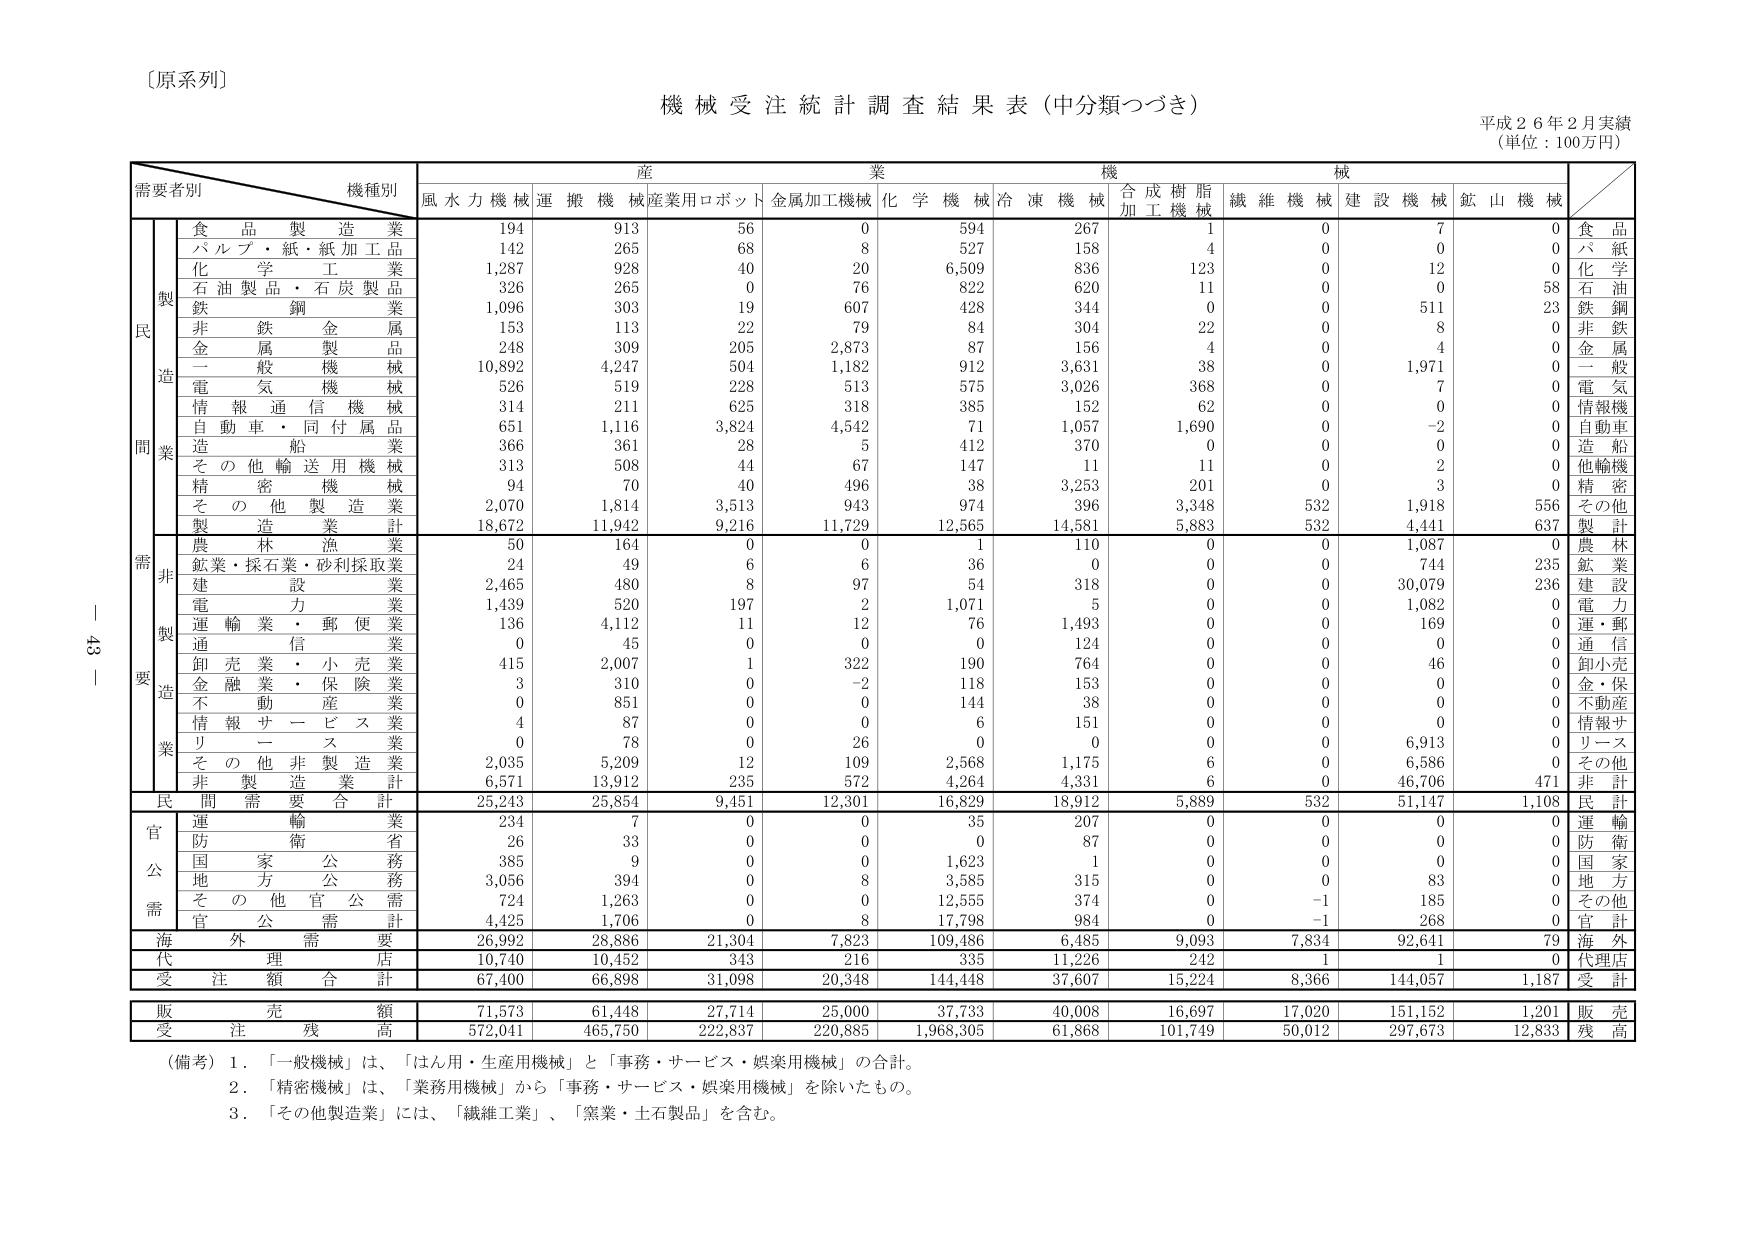
〔原系列〕

機械受注統計調査結果表（中分類つづき）

平成２６年２月実績
（単位：100万円）

需要者別　機種別

産業機械

風水力機械　運搬機械　産業用ロボット　金属加工機械　化学機械　冷凍機械　合成樹脂加工機械　繊維機械　建設機械　鉱山機械

製造業

食品製造業　　　　　194　　913　　56　　0　　594　　267　　1　　0　　7　　0　　食品
パルプ・紙・紙加工品　142　　265　　68　　8　　527　　158　　4　　0　　0　　0　　パルプ
化学工業　　　　　　1,287　　928　　40　　20　　6,509　　836　　123　　0　　12　　0　　化学
石油製品・石炭製品　326　　265　　0　　76　　822　　620　　11　　0　　0　　58　　石油
鉄鋼業　　　　　　　1,096　　303　　19　　607　　428　　344　　0　　0　　511　　23　　鉄鋼
非鉄金属　　　　　　153　　113　　22　　79　　84　　304　　22　　0　　8　　0　　非鉄
金属製品　　　　　　248　　309　　205　　2,873　　87　　156　　4　　0　　4　　0　　金属
一般機械　　　　　　10,892　　4,247　　504　　1,182　　912　　3,631　　38　　0　　1,971　　0　　一般
電気機械　　　　　　526　　519　　228　　513　　575　　3,026　　368　　0　　7　　0　　電気
情報通信機械　　　　314　　211　　625　　318　　385　　152　　62　　0　　0　　0　　情報機
自動車・同付属品　　651　　1,116　　3,824　　4,542　　71　　1,057　　1,690　　0　　-2　　0　　自動車
造船　　　　　　　　366　　361　　28　　5　　412　　370　　0　　0　　0　　0　　造船
その他輸送用機械　　313　　508　　44　　67　　147　　11　　11　　0　　2　　0　　他輸機
精密機械　　　　　　94　　70　　40　　496　　38　　3,253　　201　　0　　3　　0　　精密
その他製造業　　　　2,070　　1,814　　3,513　　943　　974　　396　　3,348　　532　　1,918　　556　　その他
製造業計　　　　　　18,672　　11,942　　9,216　　11,729　　12,565　　14,581　　5,883　　532　　4,441　　637　　製計

非製造業

農林漁業　　　　　　50　　164　　0　　0　　1　　110　　0　　0　　1,087　　0　　農林
鉱業・採石業・砂利採取業　24　　49　　6　　6　　36　　0　　0　　0　　744　　235　　鉱業
建設業　　　　　　　2,465　　480　　8　　97　　54　　318　　0　　0　　30,079　　236　　建設
電力業　　　　　　　1,439　　520　　197　　2　　1,071　　5　　0　　0　　1,082　　0　　電力
運輸業・郵便業　　　136　　4,112　　11　　12　　76　　1,493　　0　　0　　169　　0　　運・郵
通信業　　　　　　　0　　45　　0　　0　　0　　124　　0　　0　　0　　0　　通信
卸売業・小売業　　　415　　2,007　　1　　322　　190　　764　　0　　0　　46　　0　　卸小売
金融業・保険業　　　3　　310　　0　　-2　　118　　153　　0　　0　　0　　0　　金・保
不動産業　　　　　　0　　851　　0　　0　　144　　38　　0　　0　　0　　0　　不動産
情報サービス業　　　4　　87　　0　　0　　6　　151　　0　　0　　0　　0　　情報サ
リース業　　　　　　0　　78　　0　　26　　0　　0　　0　　0　　6,913　　0　　リース
その他非製造業　　　2,035　　5,209　　12　　109　　2,568　　1,175　　6　　0　　6,586　　0　　その他
非製造業計　　　　　6,571　　13,912　　235　　572　　4,264　　4,331　　6　　0　　46,706　　471　　非計

民間需要合計　　　　25,243　　25,854　　9,451　　12,301　　16,829　　18,912　　5,889　　532　　51,147　　1,108　　民計

官公需

運輸業　　　　　　　234　　7　　0　　0　　35　　207　　0　　0　　0　　0　　運輸
防衛省　　　　　　　26　　33　　0　　0　　0　　87　　0　　0　　0　　0　　防衛
国家公務　　　　　　385　　9　　0　　0　　1,623　　1　　0　　0　　0　　0　　国家
地方公務　　　　　　3,056　　394　　0　　8　　3,585　　315　　0　　0　　83　　0　　地方
その他官公需　　　　724　　1,263　　0　　0　　12,555　　374　　0　　-1　　185　　0　　その他
官公需計　　　　　　4,425　　1,706　　0　　8　　17,798　　984　　0　　-1　　268　　0　　官計

海外需要　　　　　　26,992　　28,886　　21,304　　7,823　　109,486　　6,485　　9,093　　7,834　　92,641　　79　　海外

代理店　　　　　　　10,740　　10,452　　343　　216　　335　　11,226　　242　　1　　1　　0　　代理店

受注額合計　　　　　67,400　　66,898　　31,098　　20,348　　144,448　　37,607　　15,224　　8,366　　144,057　　1,187　　受計

販売額　　　　　　　71,573　　61,448　　27,714　　25,000　　37,733　　40,008　　16,697　　17,020　　151,152　　1,201　　販売

受注残高　　　　　　572,041　　465,750　　222,837　　220,885　　1,968,305　　61,868　　101,749　　50,012　　297,673　　12,833　　残高

（備考）1．「一般機械」は、「はん用・生産用機械」と「事務・サービス・娯楽用機械」の合計。
　　　2．「精密機械」は、「業務用機械」から「事務・サービス・娯楽用機械」を除いたもの。
　　　3．「その他製造業」には、「繊維工業」、「窯業・土石製品」を含む。